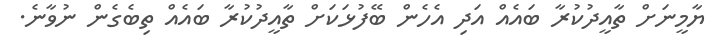
ޔާމީނަށް ތާއީދުކުރާ ބައެއް އަދި އެހެން ބޭފުޅަކަށް ތާއީދުކުރާ ބައެއް ތިބެގެން ނުވާނެ.